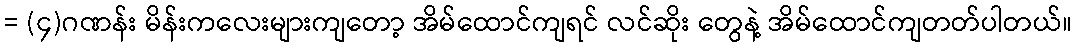
= (၄)ဂဏန်း မိန်းကလေးများကျတော့ အိမ်ထောင်ကျရင် လင်ဆိုး တွေနဲ့ အိမ်ထောင်ကျတတ်ပါတယ်။